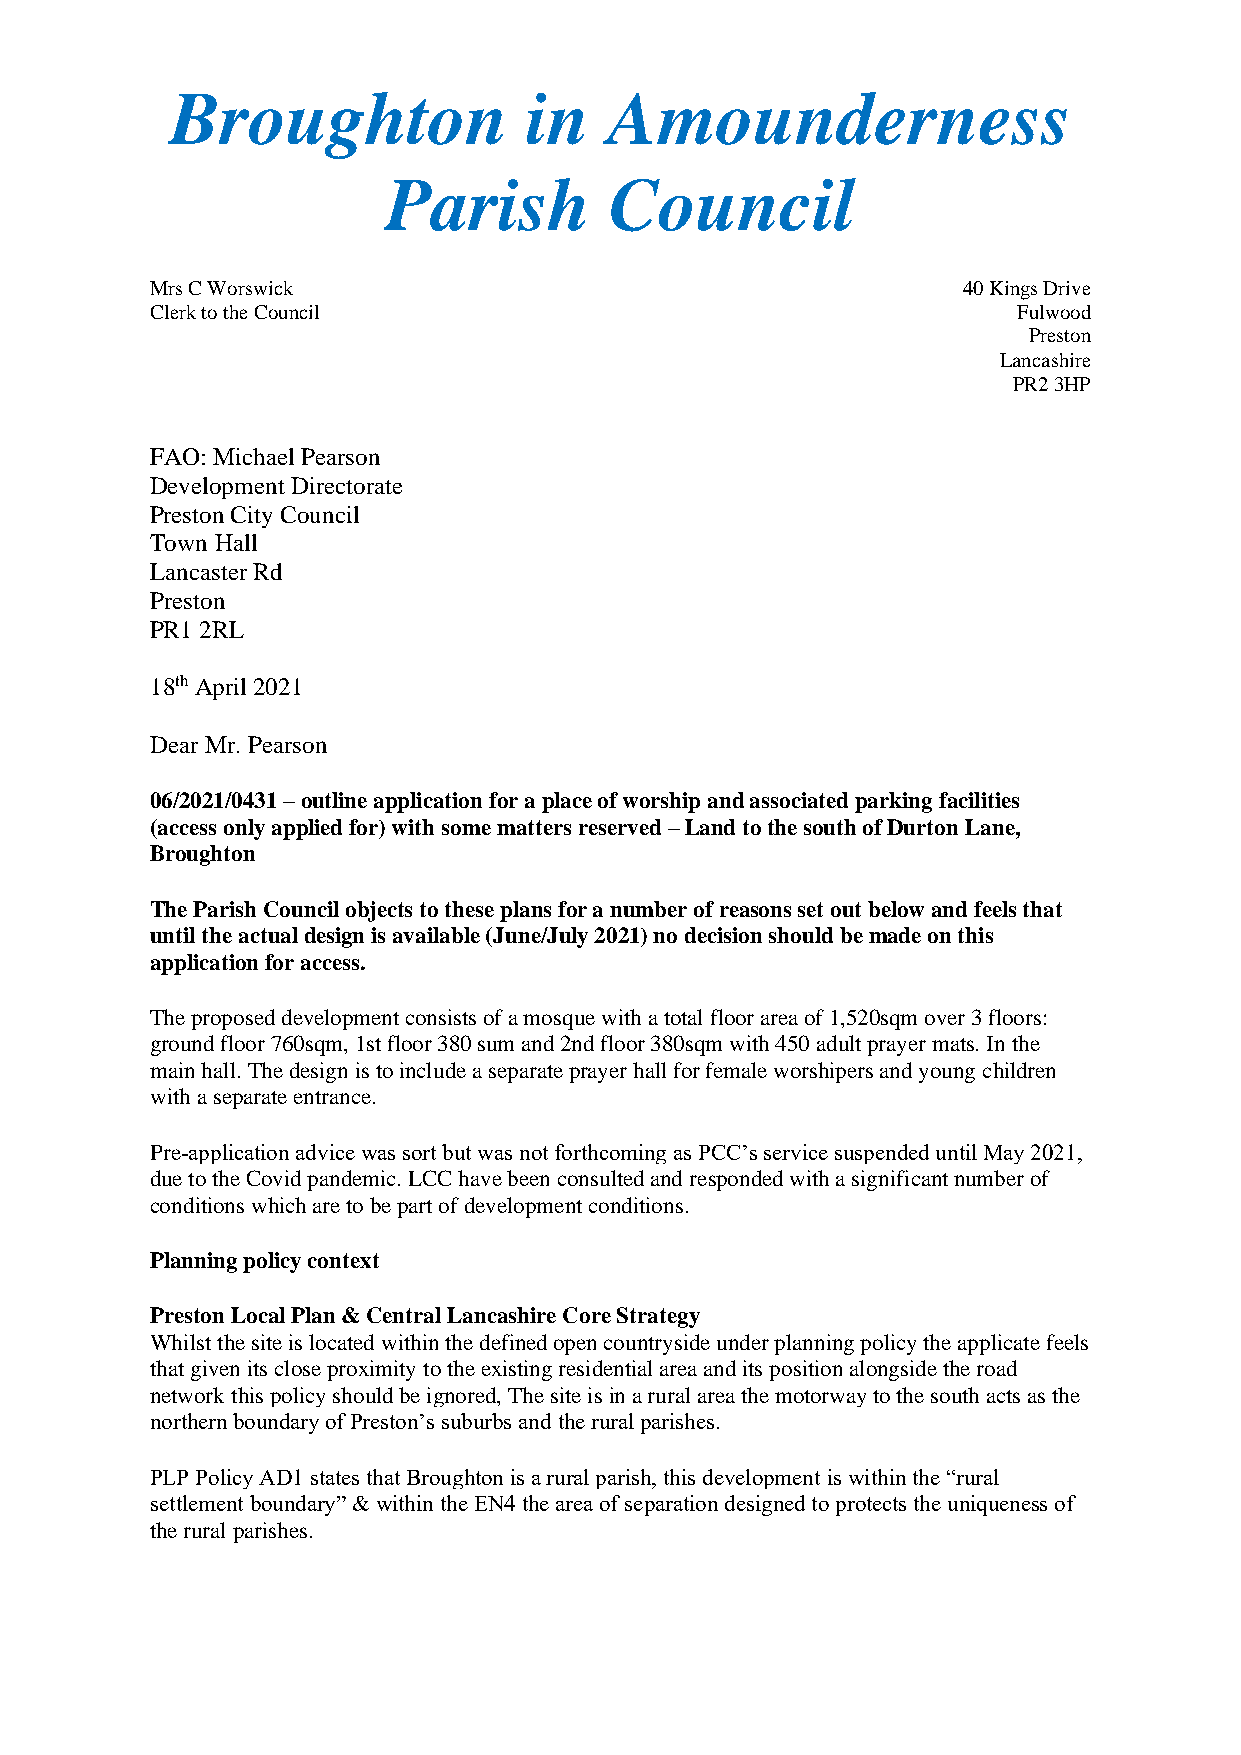
Broughton               in   Amounderness
 Parish        Council
 Mrs C Worswick                                        40 Kings Drive
 Clerk to the Council                                     Fulwood
 Preston
 Lancashire
 PR2 3HP
 FAO: Michael Pearson
 Development Directorate
 Preston City Council
 Town Hall
 Lancaster Rd
 Preston
 PR1 2RL
 18th April 2021
 Dear Mr. Pearson
 06/2021/0431 – outline application for a place of worship and associated parking facilities
 (access only applied for) with some matters reserved – Land to the south of Durton Lane,
 Broughton
 The Parish Council objects to these plans for a number of reasons set out below and feels that
 until the actual design is available (June/July 2021) no decision should be made on this
 application for access.
 The proposed development consists of a mosque with a total floor area of 1,520sqm over 3 floors:
 ground floor 760sqm, 1st floor 380 sum and 2nd floor 380sqm with 450 adult prayer mats. In the
 main hall. The design is to include a separate prayer hall for female worshipers and young children
 with a separate entrance.
 Pre-application advice was sort but was not forthcoming as PCC’s service suspended until May 2021,
 due to the Covid pandemic. LCC have been consulted and responded with a significant number of
 conditions which are to be part of development conditions.
 Planning policy context
 Preston Local Plan & Central Lancashire Core Strategy
 Whilst the site is located within the defined open countryside under planning policy the applicate feels
 that given its close proximity to the existing residential area and its position alongside the road
 network this policy should be ignored, The site is in a rural area the motorway to the south acts as the
 northern boundary of Preston’s suburbs and the rural parishes.
 PLP Policy AD1 states that Broughton is a rural parish, this development is within the “rural
 settlement boundary” & within the EN4 the area of separation designed to protects the uniqueness of
 the rural parishes.